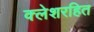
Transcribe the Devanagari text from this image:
क्लेशरहित